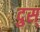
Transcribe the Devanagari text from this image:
दुस्‌